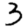
Digit: 3